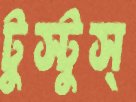
টুস্‌টুস্‌